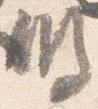
明